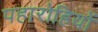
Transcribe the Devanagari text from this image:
पहारोहियों